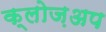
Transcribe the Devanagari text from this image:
क्लोज़अप